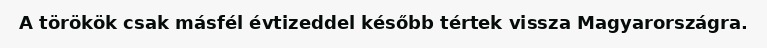
A törökök csak másfél évtizeddel később tértek vissza Magyarországra.